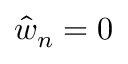
\hat { w } _ { n } = 0